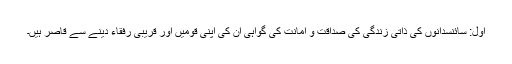
اول: سائنسدانوں کی ذاتی زندگی کی صداقت و امانت کی گواہی ان کی اپنی قومیں اور قریبی رفقاء دینے سے قاصر ہیں۔